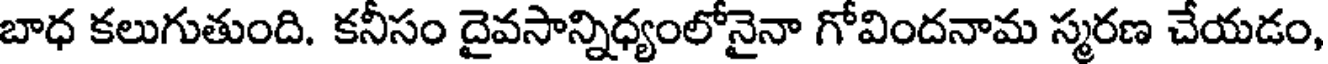
బాధ కలుగుతుంది. కనీసం దైవసాన్నిధ్యంలోనైనా గోవిందనామ స్మరణ చేయడం,